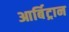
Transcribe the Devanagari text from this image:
आर्बिट्रान